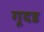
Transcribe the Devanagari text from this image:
गूदड